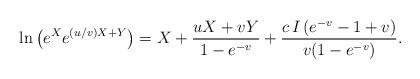
LaTeX: \begin{align*}\ln\left(e^X e^{(u/v)X+Y}\right) = X + {u X +v Y\over 1-e^{-v}} +{c \, I \, (e^{-v} -1 + v) \over v(1-e^{-v})}.\end{align*}